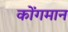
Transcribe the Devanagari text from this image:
कोंगमान